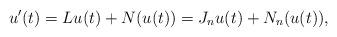
LaTeX: \begin{align*} u'(t)=Lu(t) +N(u(t))=J_n u(t)+N_n(u(t)),\end{align*}